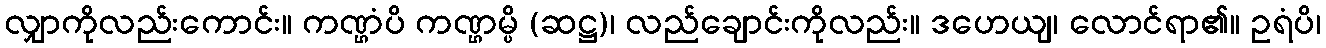
လျှာကိုလည်းကောင်း။ ကဏ္ဌံပိ ကဏ္ဌမ္ပိ (ဆဋ္ဌ)၊ လည်ချောင်းကိုလည်း။ ဒဟေယျ၊ လောင်ရာ၏။ ဥရံပိ၊